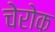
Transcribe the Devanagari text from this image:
चेरोक